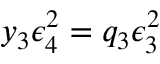
y _ { 3 } \epsilon _ { 4 } ^ { 2 } = q _ { 3 } \epsilon _ { 3 } ^ { 2 }